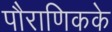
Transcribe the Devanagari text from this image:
पौराणिकके